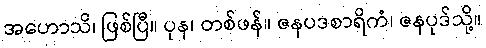
အဟောသိ၊ ဖြစ်ပြီ။ ပုန၊ တစ်ဖန်။ ဇနပဒစာရိကံ၊ ဇနပုဒ်သို့။